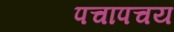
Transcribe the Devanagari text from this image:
पचापचय